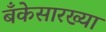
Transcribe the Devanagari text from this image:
बँकेसारख्या